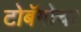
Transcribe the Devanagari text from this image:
टोबॅगोचा